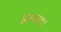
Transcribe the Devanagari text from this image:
द्वादश।